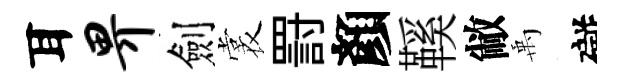
耳畀劍裳罸顏鞵敝禹礙